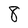
Character: 8